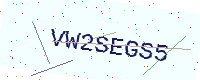
Text: VW2SEGS5